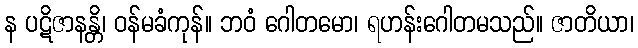
န ပဋိဇာနန္တိ၊ ဝန်မခံကုန်။ ဘဝံ ဂေါတမော၊ ရဟန်းဂေါတမသည်။ ဇာတိယာ၊